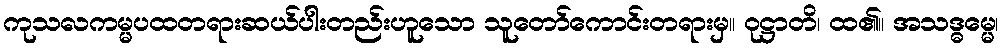
ကုသလကမ္မပထတရားဆယ်ပါးတည်းဟူသော သူတော်ကောင်းတရားမှ။ ဝုဋ္ဌာတိ၊ ထ၏။ အသဒ္ဓမ္မေ၊